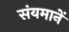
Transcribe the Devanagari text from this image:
संयमानें